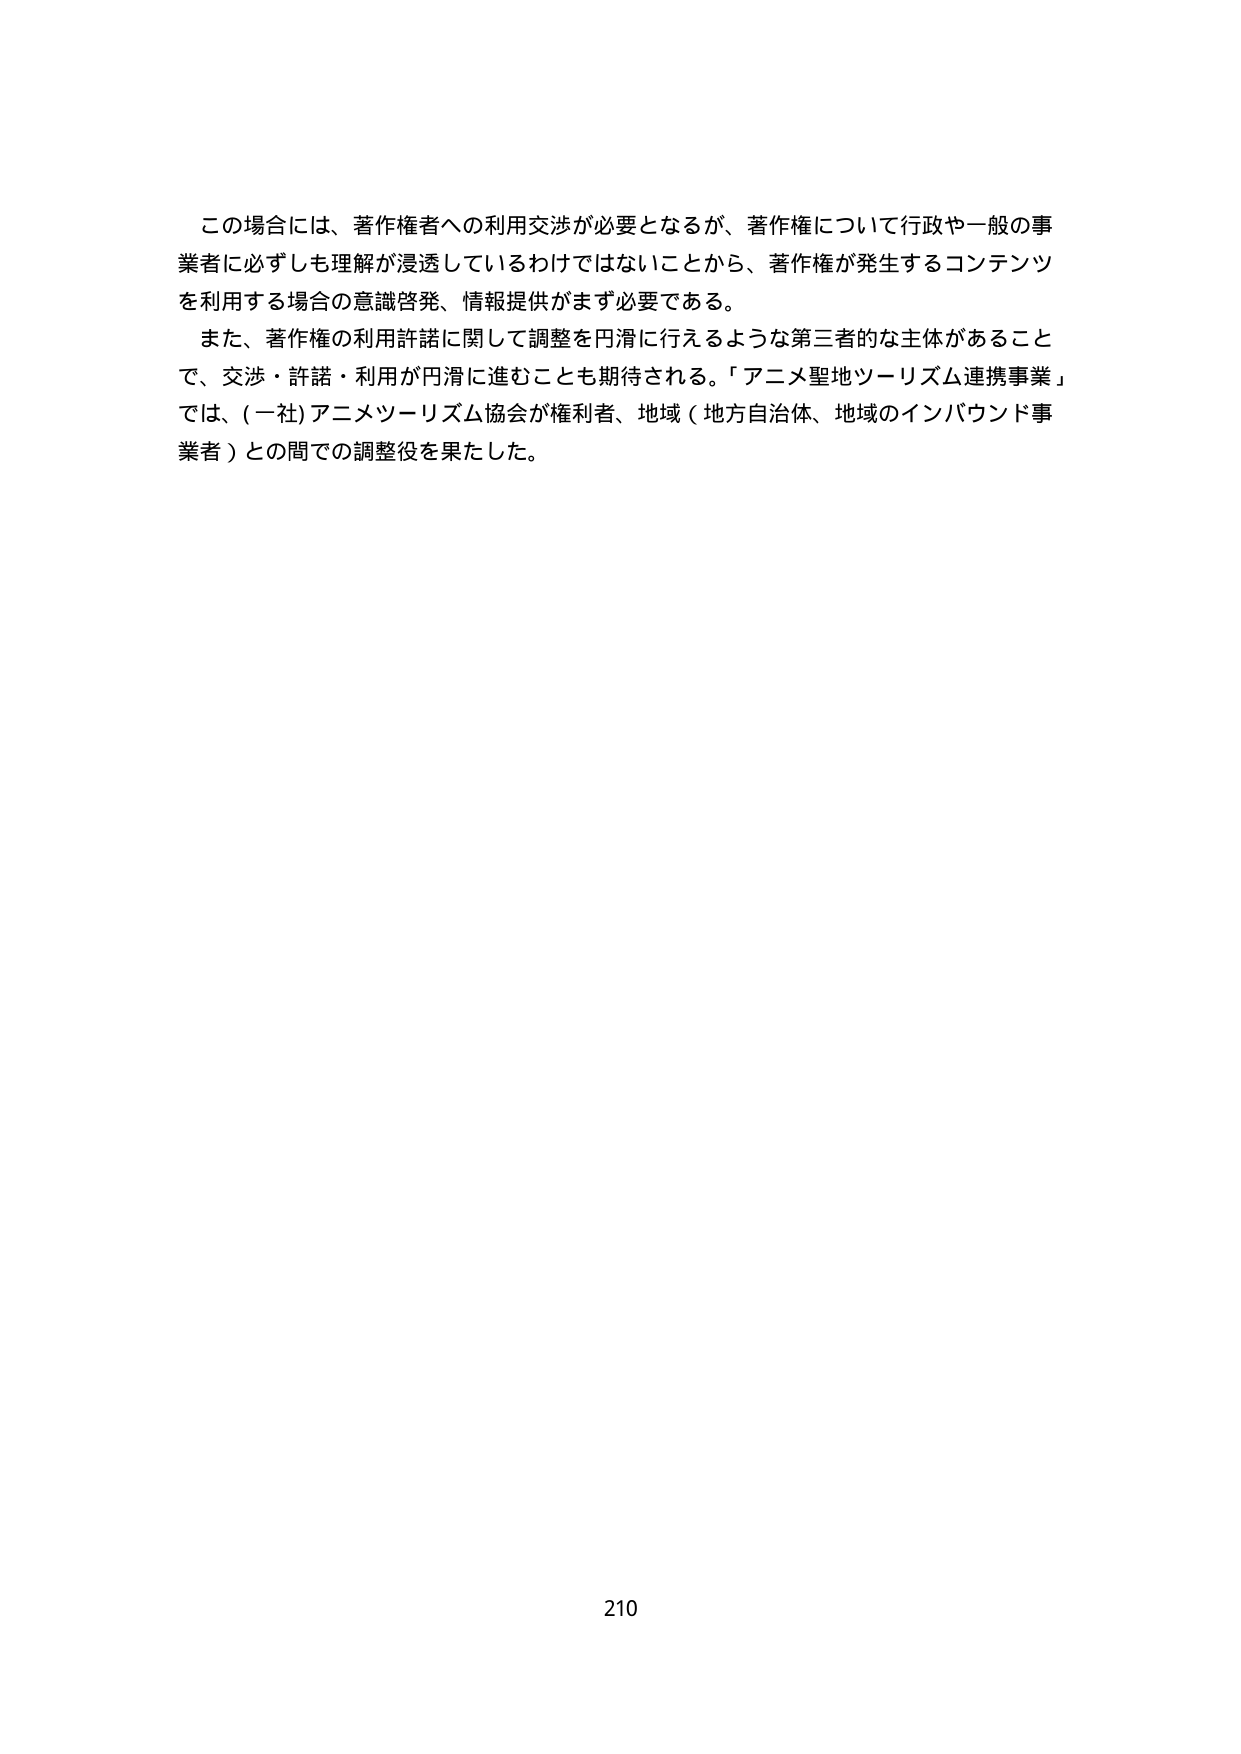
この場合には、著作権者への利用交渉が必要となるが、著作権について行政や一般の事業者に必ずしも理解が浸透しているわけではないことから、著作権が発生するコンテンツを利用する場合の意識啓発、情報提供がまず必要である。

また、著作権の利用許諾に関して調整を円滑に行えるような第三者的な主体があることで、交渉・許諾・利用が円滑に進むことも期待される。「アニメ聖地ツーリズム連携事業」では、(一社)アニメツーリズム協会が権利者、地域（地方自治体、地域のインバウンド事業者）との間での調整役を果たした。

210